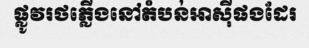
ផ្លូវរថភ្លើងនៅតំបន់អាស៊ីផងដែរ